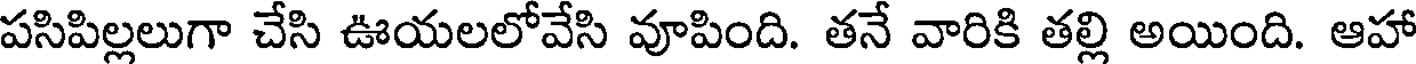
పసిపిల్లలుగా చేసి ఊయలలోవేసి వూపింది. తనే వారికి తల్లి అయింది. ఆహా